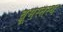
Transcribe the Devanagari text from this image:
ब्रूमस्तस्थ